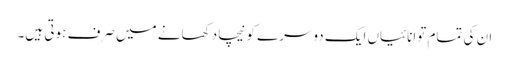
ان کی تمام توانائیاں ایک دوسرے کو نیچا دکھانے میں صرف ہوتی ہیں۔